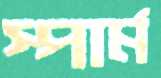
স্পার্ম